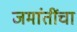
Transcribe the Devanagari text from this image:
जमांतींचा